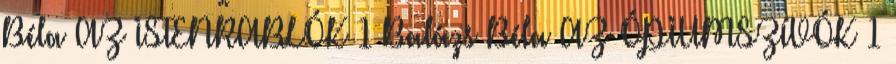
Béla AZ ISTENRABLÓK 1 Balázs Béla AZ ÓPIUMSZÍVÓK 1